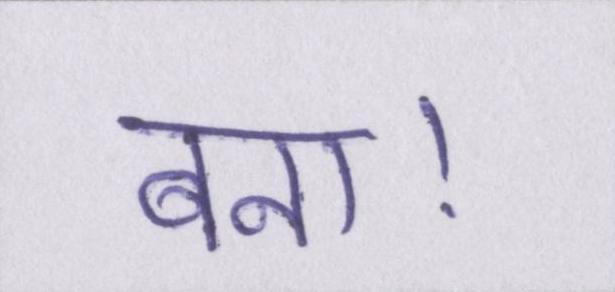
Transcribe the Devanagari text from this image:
बना।